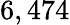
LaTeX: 6,474